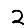
Digit: 2